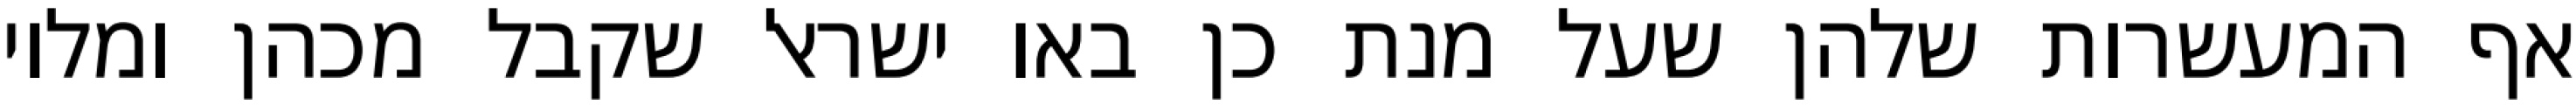
אף המעשרות שלהן שעל מנת כן באו ישראל שקבל מכהן ומלוי